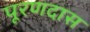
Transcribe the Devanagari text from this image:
पूरणदास